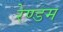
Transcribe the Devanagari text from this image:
रेण्डम